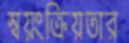
স্বয়ংক্রিয়তার